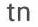
tn